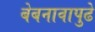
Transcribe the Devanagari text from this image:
बेबनावापुढे